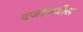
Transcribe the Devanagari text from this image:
दर्जामधील